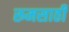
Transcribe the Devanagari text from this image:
रूमसाठी